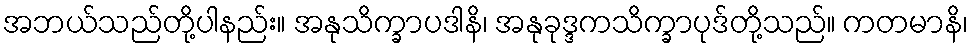
အဘယ်သည်တို့ပါနည်း။ အနုသိက္ခာပဒါနိ၊ အနုခုဒ္ဒကသိက္ခာပုဒ်တို့သည်။ ကတမာနိ၊